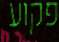
פקוע